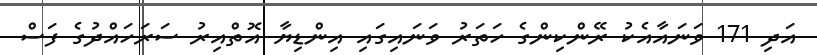
އަދި 171 ވަނައާއެކު ރޭންކިންގެ ހަތަރު ވަނައިގައި އިންޑިޔާ އޮތްއިރު ސަރަހައްދުގެ ފަސް